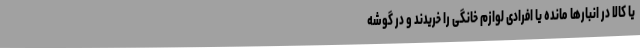
یا کالا در انبارها مانده یا افرادی لوازم خانگی را خریدند و در گوشه